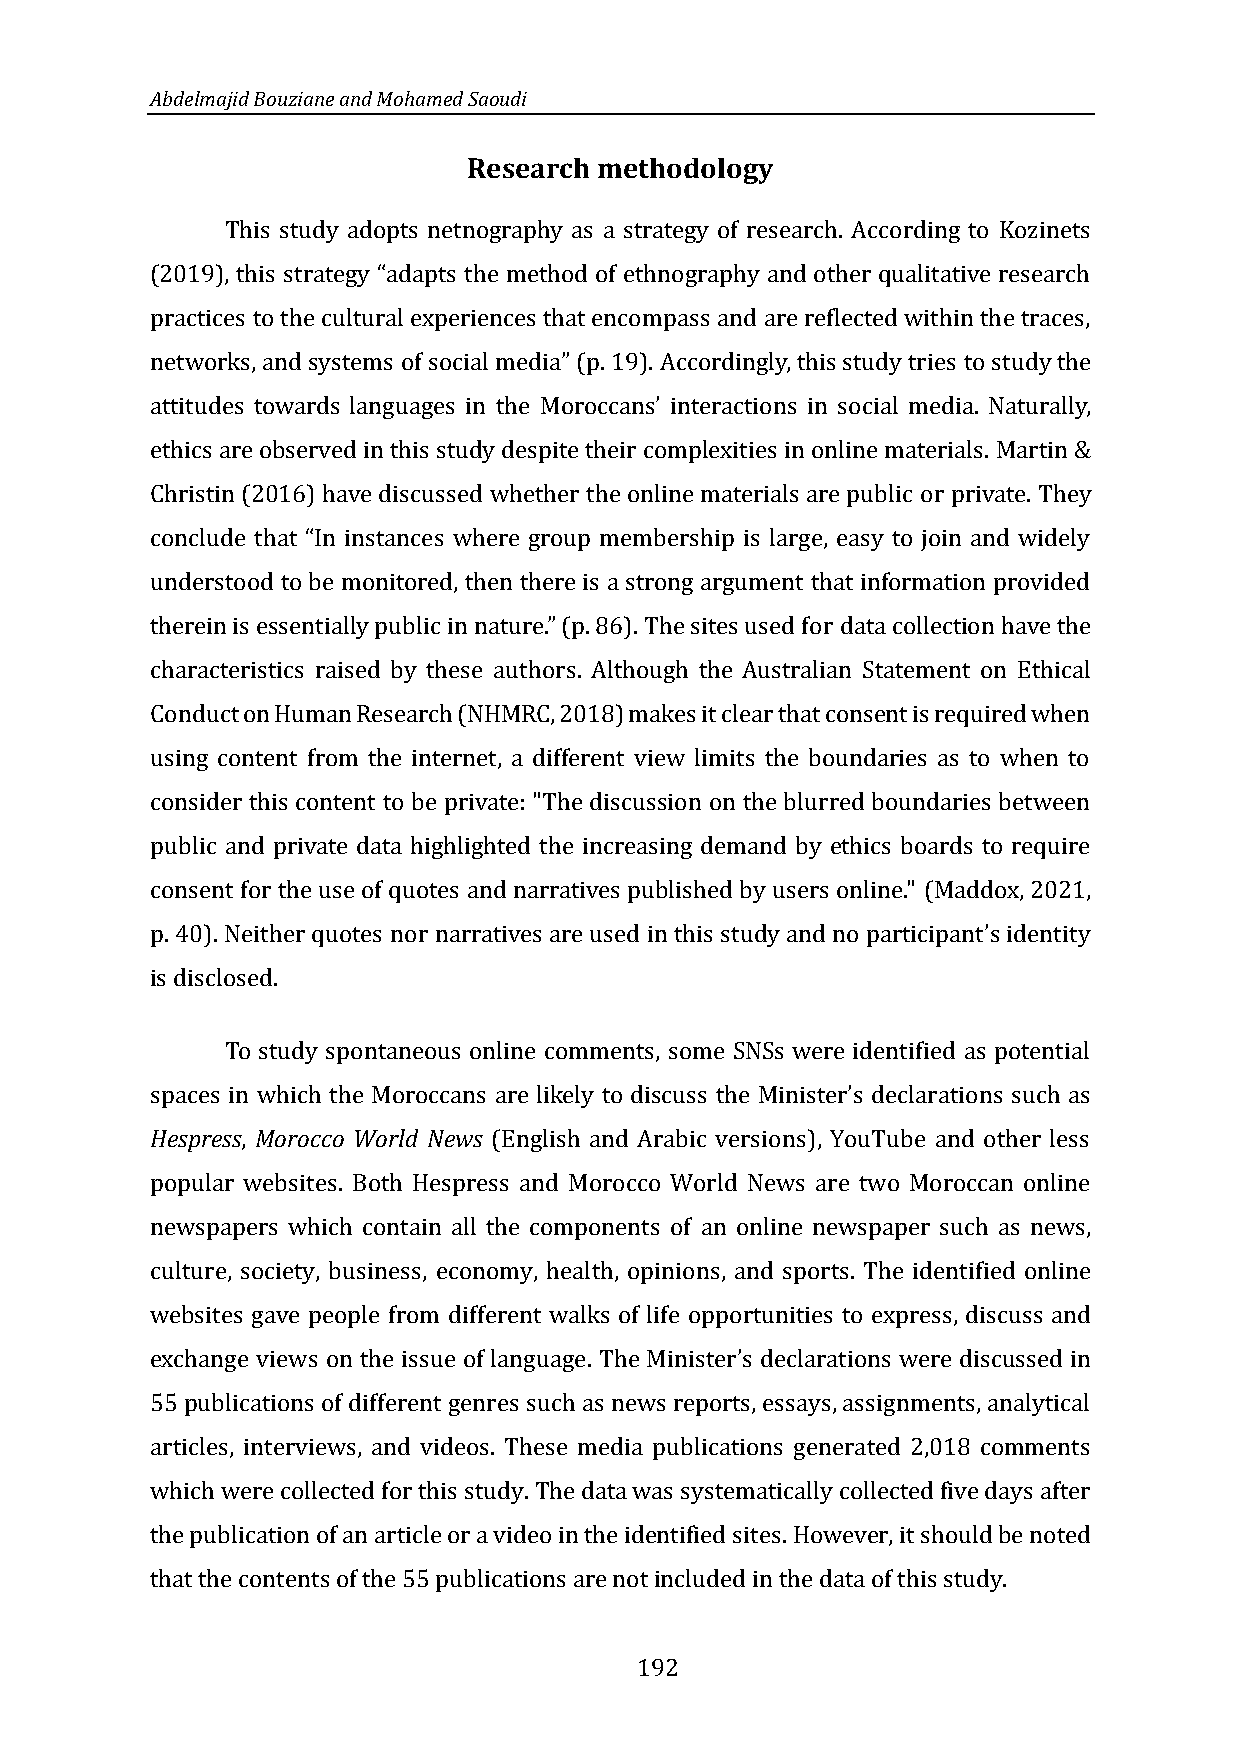
Abdelmajid Bouziane and Mohamed Saoudi
 Research methodology
 This study adopts netnography as a strategy of research. According to Kozinets
 (2019), this strategy “adapts the method of ethnography and other qualitative research
 practices to the cultural experiences that encompass and are reflected within the traces,
 networks, and systems of social media” (p. 19). Accordingly, this study tries to study the
 attitudes towards languages in the Moroccans’ interactions in social media. Naturally,
 ethics are observed in this study despite their complexities in online materials. Martin &
 Christin (2016) have discussed whether the online materials are public or private. They
 conclude that “In instances where group membership is large, easy to join and widely
 understood to be monitored, then there is a strong argument that information provided
 therein is essentially public in nature.” (p. 86). The sites used for data collection have the
 characteristics raised by these authors. Although the Australian Statement on Ethical
 Conduct on Human Research (NHMRC, 2018) makes it clear that consent is required when
 using content from the internet, a different view limits the boundaries as to when to
 consider this content to be private: "The discussion on the blurred boundaries between
 public and private data highlighted the increasing demand by ethics boards to require
 consent for the use of quotes and narratives published by users online." (Maddox, 2021,
 p. 40). Neither quotes nor narratives are used in this study and no participant’s identity
 is disclosed.
 such as
 To study spontaneous online comments, some SNSs were identified as potential
 Hespress, Morocco World News (English and Arabic versions), YouTube and other less
 spaces in which the Moroccans are likely to discuss the Minister’s declarations
 popular websites. Both Hespress and Morocco World News are two Moroccan online
 newspapers which contain all the components of an online newspaper such as news,
 culture, society, business, economy, health, opinions, and sports. The identified online
 websites gave people from different walks of life opportunities to express, discuss and
 exchange views on the issue of language.
 55 publications of different genres such as news reports, essays, assignments, analytical
 The Minister’s declarations were discussed in
 articles, interviews, and videos. These media publications generated 2,018 comments
 which were collected for this study. The data was systematically collected five days after
 the publication of an article or a video in the identified sites. However, it should be noted
 that the contents of the 55 publications are not included in the data of this study.
 192